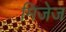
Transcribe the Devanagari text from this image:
मिजेज